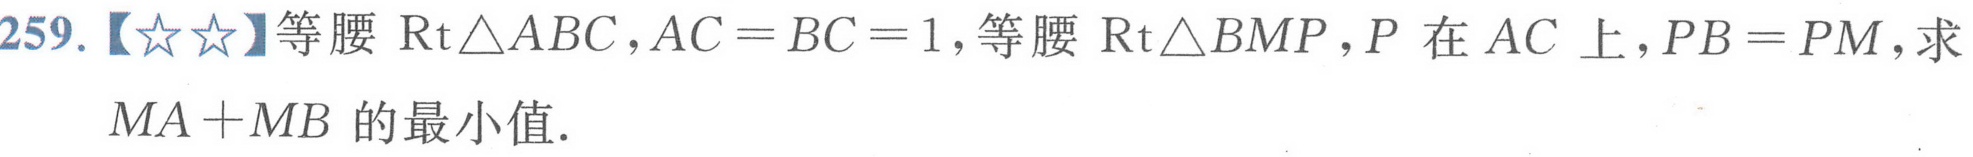
259.【★★】等腰\(\text{Rt}\triangle ABC\)，\(AC = BC = 1\)，等腰\(\text{Rt}\triangle BMP\)，\(P\)在\(AC\)上，\(PB = PM\)，求
\(MA + MB\)的最小值.